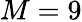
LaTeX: M=9